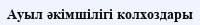
Ауыл әкімшілігі колхоздары